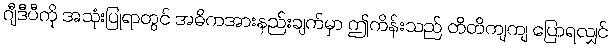
ဂျီဒီပီကို အသုံးပြုရာတွင် အဓိကအားနည်းချက်မှာ ဤကိန်းသည် တိတိကျကျ ပြောရလျှင်